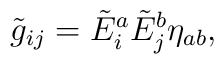
\tilde g_{ij}=\tilde E^a_i\tilde E^b_j\eta_{ab},\